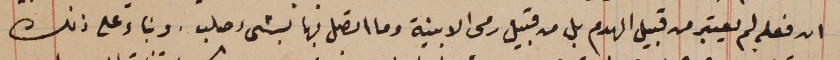
ان فعله لم يعتبر من قبيل الهدم بل من قبيل رمى الابنية وما اتصل فيها بشىء صلب. وبناء على ذلك